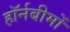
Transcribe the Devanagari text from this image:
हॉर्नबीमों